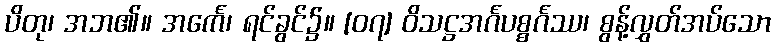
ပိတု၊ အဘ၏။ အင်္ကေ၊ ရင်ခွင်၌။ [၀၇] ဝိသဋ္ဌအင်္ဂပစ္စင်္ဂဿ၊ စွန့်လွှတ်အပ်သော